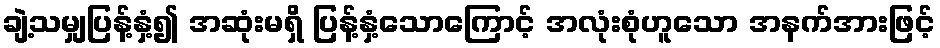
ချဲ့သမျှပြန့်နှံ့၍ အဆုံးမရှိ ပြန့်နှံ့သောကြောင့် အလုံးစုံဟူသော အနက်အားဖြင့်